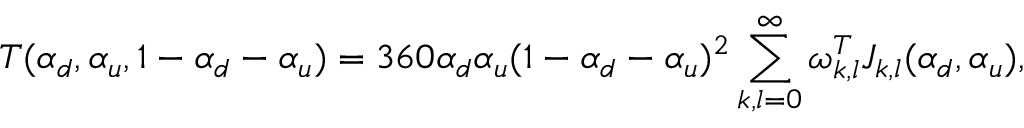
{ \cal T } ( \alpha _ { d } , \alpha _ { u } , 1 - \alpha _ { d } - \alpha _ { u } ) = 3 6 0 \alpha _ { d } \alpha _ { u } ( 1 - \alpha _ { d } - \alpha _ { u } ) ^ { 2 } \sum _ { k , l = 0 } ^ { \infty } \omega _ { k , l } ^ { T } J _ { k , l } ( \alpha _ { d } , \alpha _ { u } ) ,